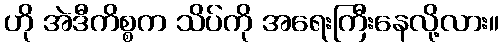
ဟို အဲဒီကိစ္စက သိပ်ကို အရေးကြီးနေလို့လား။